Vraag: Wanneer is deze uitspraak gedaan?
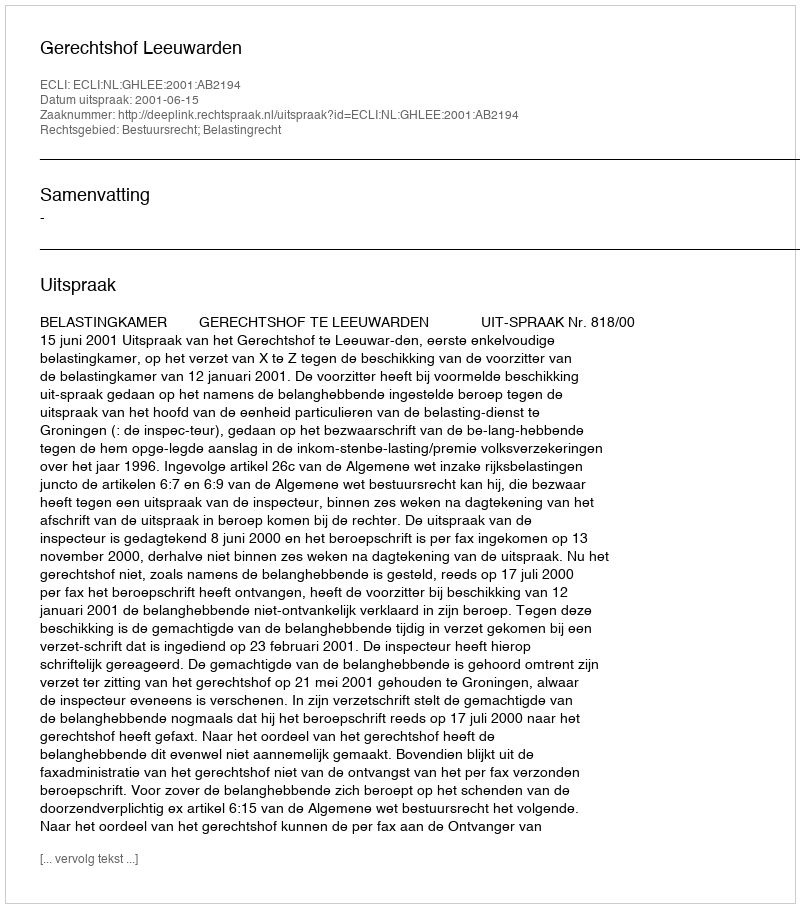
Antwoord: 2001-06-15